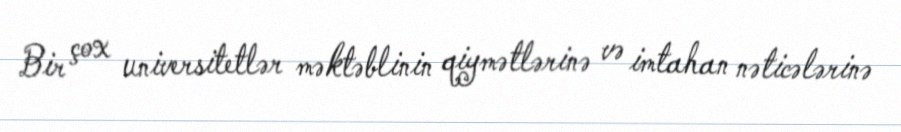
Bir çox universitetlər məktəblinin qiymətlərinə və imtahan nəticələrinə